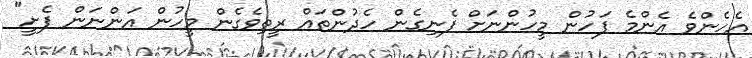
އެހެންވެ އެންމެ ފަހުން މީހުންނަށް ފެނިގެން ހެދުންތައް ރީތިވެގެން މީހުން އަންނަން ފެށީ"